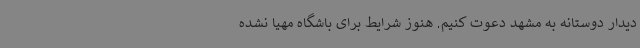
دیدار دوستانه به مشهد دعوت کنیم. هنوز شرایط برای باشگاه مهیا نشده